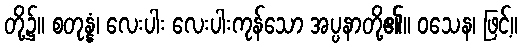
တို့၌။ စတုန္နံ၊ လေးပါး လေးပါးကုန်သော အပ္ပနာတို့၏။ ဝသေန၊ ဖြင့်။